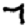
Digit: 7